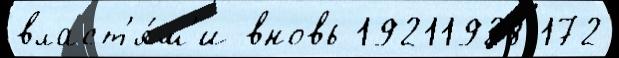
власт'я́м'и вновь 19211928 172